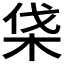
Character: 𣑡